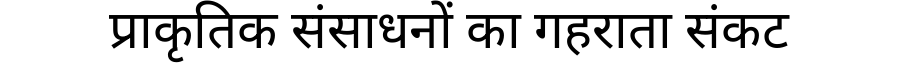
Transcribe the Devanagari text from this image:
प्राकृतिक संसाधनों का गहराता संकट